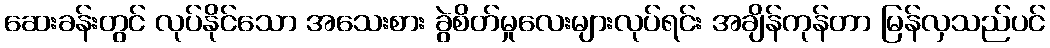
ဆေးခန်းတွင် လုပ်နိုင်သော အသေးစား ခွဲစိတ်မှုလေးများလုပ်ရင်း အချိန်ကုန်တာ မြန်လှသည်ပင်